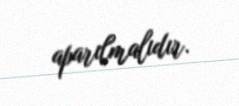
aparılmalıdır.